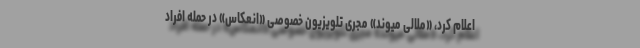
اعلام کرد، «ملالی میوند» مجری تلویزیون خصوصی «انعکاس» در حمله افراد